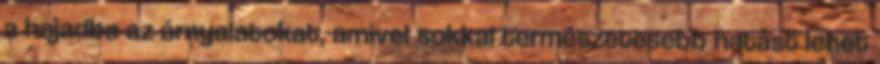
a hajadba az árnyalatokat, amivel sokkal természetesebb hatást lehet